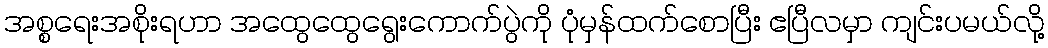
အစ္စရေးအစိုးရဟာ အထွေထွေရွေးကောက်ပွဲကို ပုံမှန်ထက်စောပြီး ဧပြီလမှာ ကျင်းပမယ်လို့